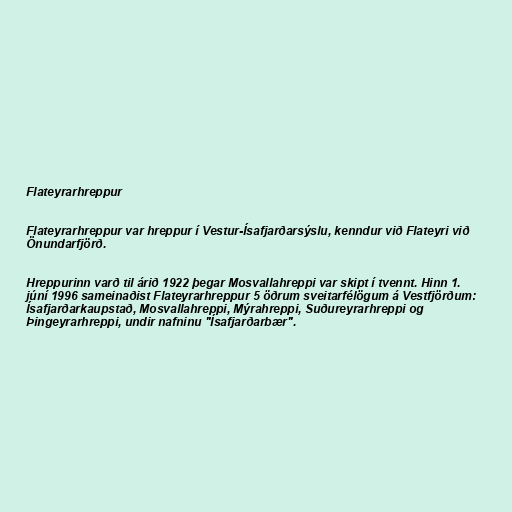
Flateyrarhreppur

Flateyrarhreppur var hreppur í Vestur-Ísafjarðarsýslu, kenndur við Flateyri við
Önundarfjörð.

Hreppurinn varð til árið 1922 þegar Mosvallahreppi var skipt í tvennt. Hinn 1.
júní 1996 sameinaðist Flateyrarhreppur 5 öðrum sveitarfélögum á Vestfjörðum:
Ísafjarðarkaupstað, Mosvallahreppi, Mýrahreppi, Suðureyrarhreppi og
Þingeyrarhreppi, undir nafninu "Ísafjarðarbær".